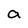
Character: a